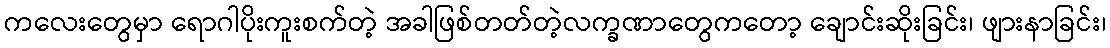
ကလေးတွေမှာ ရောဂါပိုးကူးစက်တဲ့ အခါဖြစ်တတ်တဲ့လက္ခဏာတွေကတော့ ချောင်းဆိုးခြင်း၊ ဖျားနာခြင်း၊